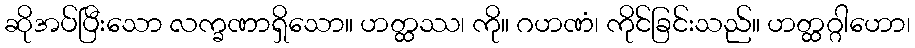
ဆိုအပ်ပြီးသော လက္ခဏာရှိသော။ ဟတ္ထဿ၊ ကို။ ဂဟဏံ၊ ကိုင်ခြင်းသည်။ ဟတ္ထဂ္ဂါဟော၊